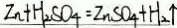
Z n + H _ { 2 } S O _ { 4 } = Z n S O _ { 4 } + H _ { 2 } \uparrow